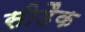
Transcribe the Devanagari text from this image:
सीडैक